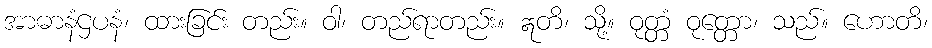
အာဓာနံဌပနံ၊ ထားခြင်း တည်း။ ဝါ၊ တည်ရာတည်း။ ဣတိ၊ သို့။ ဝုတ္တံ ဝုတ္တော၊ သည်။ ဟောတိ၊